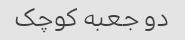
دو جعبه کوچک